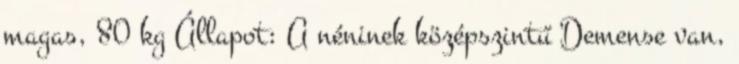
magas, 80 kg Állapot: A néninek középszintű Demense van,